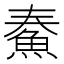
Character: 𩶓